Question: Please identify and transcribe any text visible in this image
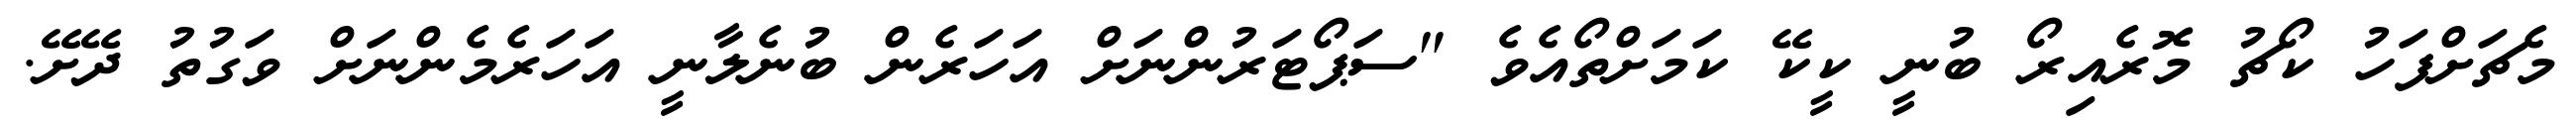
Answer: މެޗަށްފަހު ކޯޗު މޮރެއިރޯ ބުނީ ކީކޭ ކަމަށްތޯއެވެ "ސަޕޯޓަރުންނަށް އަހަރެން ބުނެލާނީ އަހަރެމެންނަށް ވަގުތު ދޭށޭ.